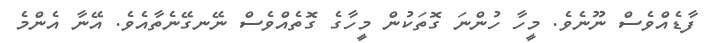
ފާޑެއްވެސް ނޫނެވެ. މީހާ ހުންނަ ގޮތަކުން މީހާގެ ގޮތެއްވެސް ނޭނގޭނެތާއެވެ. އޭނާ އެންމެ